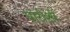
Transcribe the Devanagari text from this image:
पारोशी